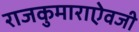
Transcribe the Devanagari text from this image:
राजकुमाराऐवजी